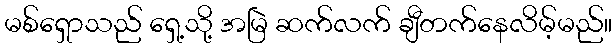
မစ်ရှောသည် ရှေ့သို့ အမြဲ ဆက်လက် ချီတက်နေလိမ့်မည်။